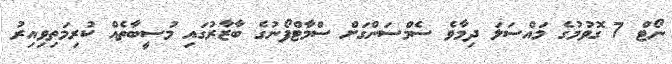
ނޯޓް 7 ގޮވުމުގެ މައްސަލަ ދިމާވެ ސެމްސަންގަށް ސްމާޓްފޯނުގެ ބާޒާރުގައި މުސީބާތެއް ކުރިމަތިވިއިރު